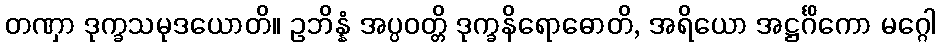
တဏှာ ဒုက္ခသမုဒယောတိ။ ဥဘိန္နံ အပ္ပဝတ္တိ ဒုက္ခနိရောဓောတိ, အရိယော အဋ္ဌင်္ဂိကော မဂ္ဂေါ